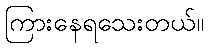
ကြားနေရသေးတယ်။